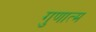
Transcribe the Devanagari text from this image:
गुणात्म